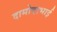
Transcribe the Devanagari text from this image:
दामोदरभाई